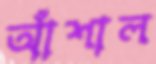
আঁশাল